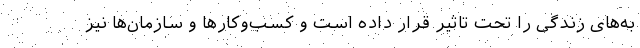
به‌های زندگی را تحت تاثیر قرار داده است و کسب‌وکارها و سازمان‌ها نیز